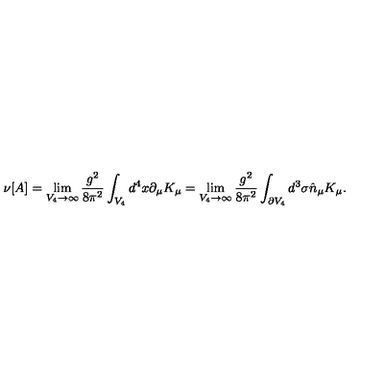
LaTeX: \nu [ A ] = \lim _ { V _ { 4 } \rightarrow \infty } \frac { g ^ { 2 } } { 8 \pi ^ { 2 } } \int _ { V _ { 4 } } d ^ { 4 } x \partial _ { \mu } K _ { \mu } = \lim _ { V _ { 4 } \rightarrow \infty } \frac { g ^ { 2 } } { 8 \pi ^ { 2 } } \int _ { \partial V _ { 4 } } d ^ { 3 } \sigma \hat { n } _ { \mu } K _ { \mu } .